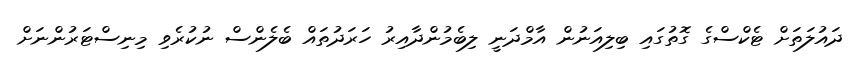
ދައުލަތަށް ޓެކްސްގެ ގޮތުގައި ބިލިއަނުން އާމްދަނީ ލިބެމުންދާއިރު ހަރަދުތައް ބެލެންސް ނުކުރެވި މިނިސްޓަރުންނަށް